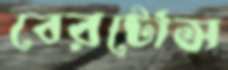
বেরটোস